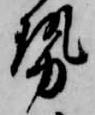
勢